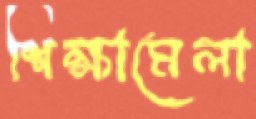
শিক্ষামেলা